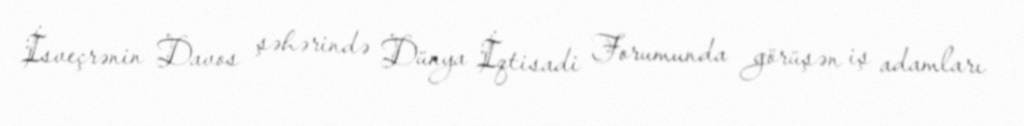
İsveçrənin Davos şəhərində Dünya İqtisadi Forumunda görüşən iş adamları